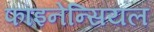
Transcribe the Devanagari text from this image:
फाइनेन्सियल